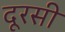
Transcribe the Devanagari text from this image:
दूरसी